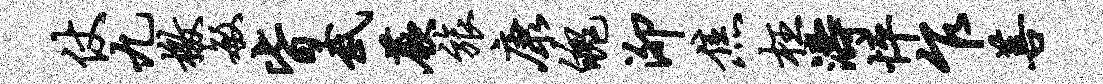
仗九檄敏皆武蕨旅康魄泖焦枉涛怦乍菩